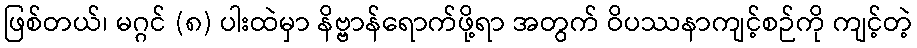
ဖြစ်တယ်၊ မဂ္ဂင် (၈) ပါးထဲမှာ နိဗ္ဗာန်ရောက်ဖို့ရာ အတွက် ဝိပဿနာကျင့်စဉ်ကို ကျင့်တဲ့